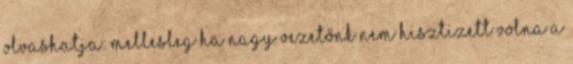
olvashatja: Mellesleg ha nagy vezetőnk nem hisztizett volna a